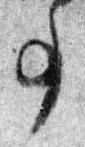
事